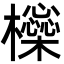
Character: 㰑